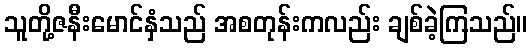
သူတို့ဇနီးမောင်နှံသည် အစတုန်းကလည်း ချစ်ခဲ့ကြသည်။